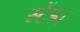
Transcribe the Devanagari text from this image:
स्टेंड।